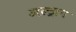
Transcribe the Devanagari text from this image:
अल्ट्रान